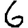
Digit: 6